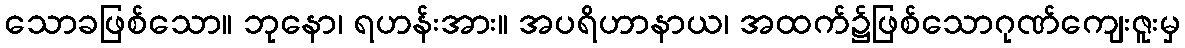
သောခဖြစ်သော။ ဘုနော၊ ရဟန်းအား။ အပရိဟာနာယ၊ အထက်၌ဖြစ်သောဂုဏ်ကျေးဇူးမှ